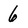
Character: 6